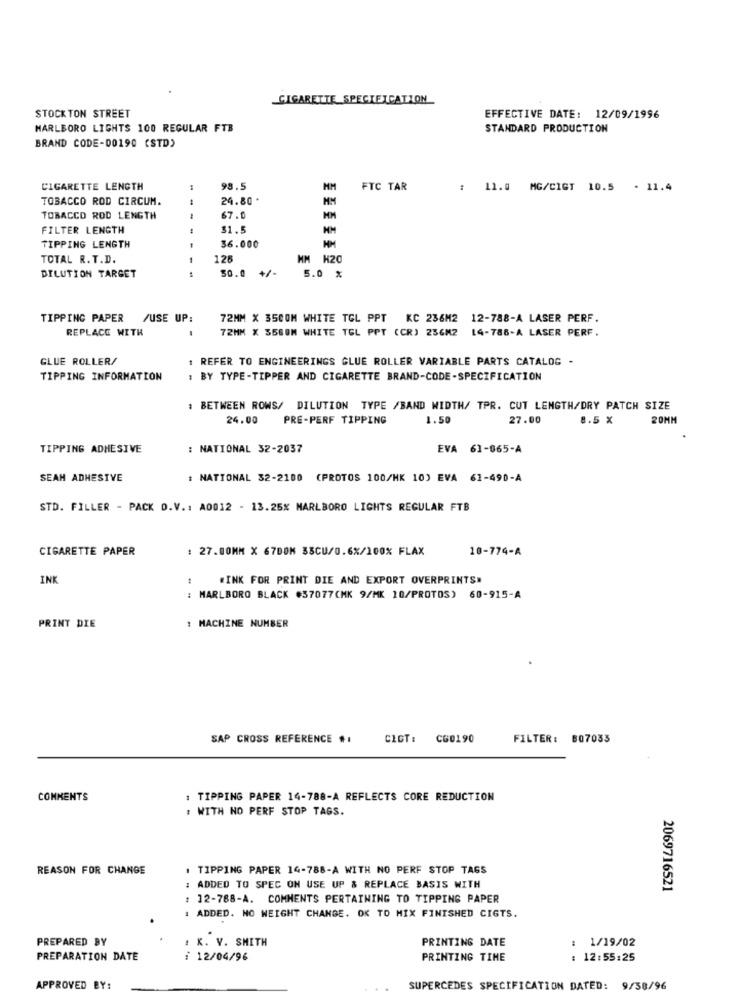
CIGARETTE SPECIFICATION
STOCK TON STREET
EFFECTIVE DATE: 12/09/1996
MARLBORO LIGHTS 100 REGULAR FTB
STANDARD PRODUCTION
BRAND CODE-00190 (STD)
CIGARETTE LENGTH
98.5
HM
FTC TAR
: 11.0 MG/CIGT 10.5 . 11.4
TOBACCO ROD CIRCUM.
24.80 .
MM
TOBACCO ROD LENGTH
67.0
MM
FILTER LENGTH
$1.5
TIPPING LENGTH
36.000
TOTAL R. T.D.
125
HM K20
30.0
5.0 %
DILUTION TARGET
TIPPING PAPER
/USE UP:
72MM X 350OM WHITE TGL PPT KC 236M2 12-788-A LASER PERF.
REPLACE WITH
72MM X SSBOM WHITE TGL PPT (CR) 236M2 14-788-A LASER PERF.
GLUE ROLLER/
1 REFER TO ENGINEERINGS GLUE ROLLER VARIABLE PARTS CATALOG -
TIPPING INFORMATION
: BY TYPE-TIPPER AND CIGARETTE BRAND-CODE-SPECIFICATION
BETWEEN ROWS/ DILUTION TYPE /BAND WIDTH/ TPR. CUT LENGTH/DRY PATCH SIZE
24.00
PRE-PERF TIPPING
1.50
27.00
8.5 X
20MM
TIPPING ADHESIVE
: NATIONAL 32-2037
EVA 61-065-A
SEAN ADHESIVE
: NATIONAL 32-2100 (PROTOS 100/HK 10) EVA 61-490-A
STD. FILLER - PACK D.V .: A0012 - 13.25% MARLBORO LIGHTS REGULAR FTB
CIGARETTE PAPER
: 27.00MM X 67DOM 38CU/0.6%/100% FLAX
10-774-A
INK
#INK FOR PRINT DIE AND EXPORT OVERPRINTS"
: MARLBORO BLACK #37077(MK 9/MK 10/PROTOS) 60-915-A
: MACHINE NUMBER
PRINT DIE
SAP CROSS REFERENCE ..
CIGT: CG0190
FILTER: 807033
COMMENTS
: TIPPING PAPER 14-788-A REFLECTS CORE REDUCTION
: WITH NO PERF STOP TAGS.
REASON FOR CHANGE
. TIPPING PAPER 14-788-A WITH NO PERF STOP TAGS
ADDED TO SPEC ON USE UP & REPLACE BASIS WITH
2069716521
12-788-A. COMMENTS PERTAINING TO TIPPING PAPER
: ADDED. NO WEIGHT CHANGE. OK TO MIX FINISHED CIGTS.
PREPARED BY
. K. V. SMITH
PRINTING DATE
: 1/19/02
PREPARATION DATE
: 12/04/96
PRINTING TIME
: 12:55:25
APPROVED BY:
SUPERCEDES SPECIFICATION DATED: 9/38/96